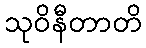
သုဝိနီတာတိ